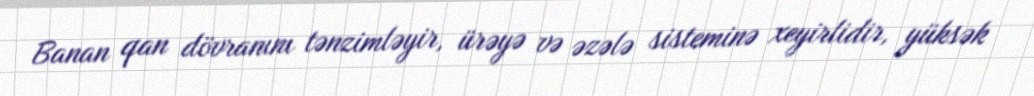
Banan qan dövranını tənzimləyir, ürəyə və əzələ sisteminə xeyirlidir, yüksək